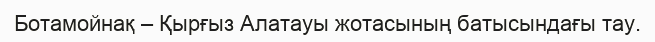
Ботамойнақ – Қырғыз Алатауы жотасының батысындағы тау.